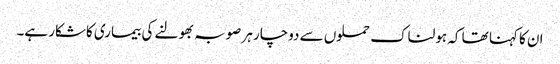
ان کا کہنا تھا کہ ہولناک حملوں سے دوچار ہر صوبہ بھولنے کی بیماری کاشکار ہے۔